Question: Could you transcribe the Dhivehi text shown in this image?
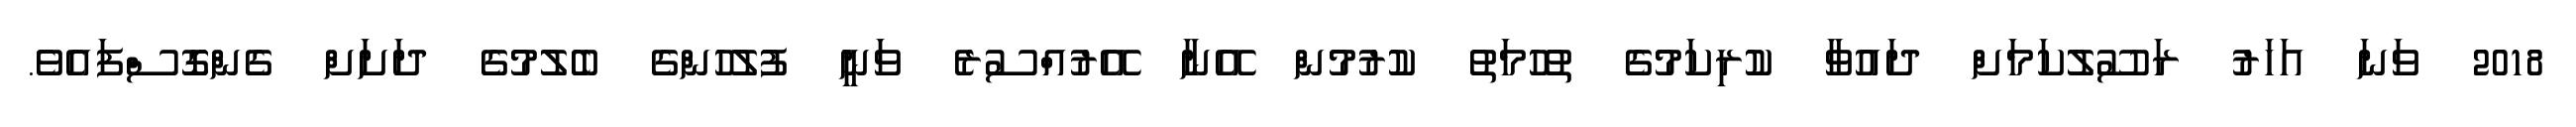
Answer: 2018 ވަނަ އަހަރު ރަސޫލުކަމަށް ދައުވާ ކުރިކަމުގެ ތުހުމަތު ކުރުމުން އޭނާ އޭރުއްސުރެ ވަނީ ފުލުހުންގެ ބެލުމުގެ ދަށަށް ގެންގޮސްފައެވެ.